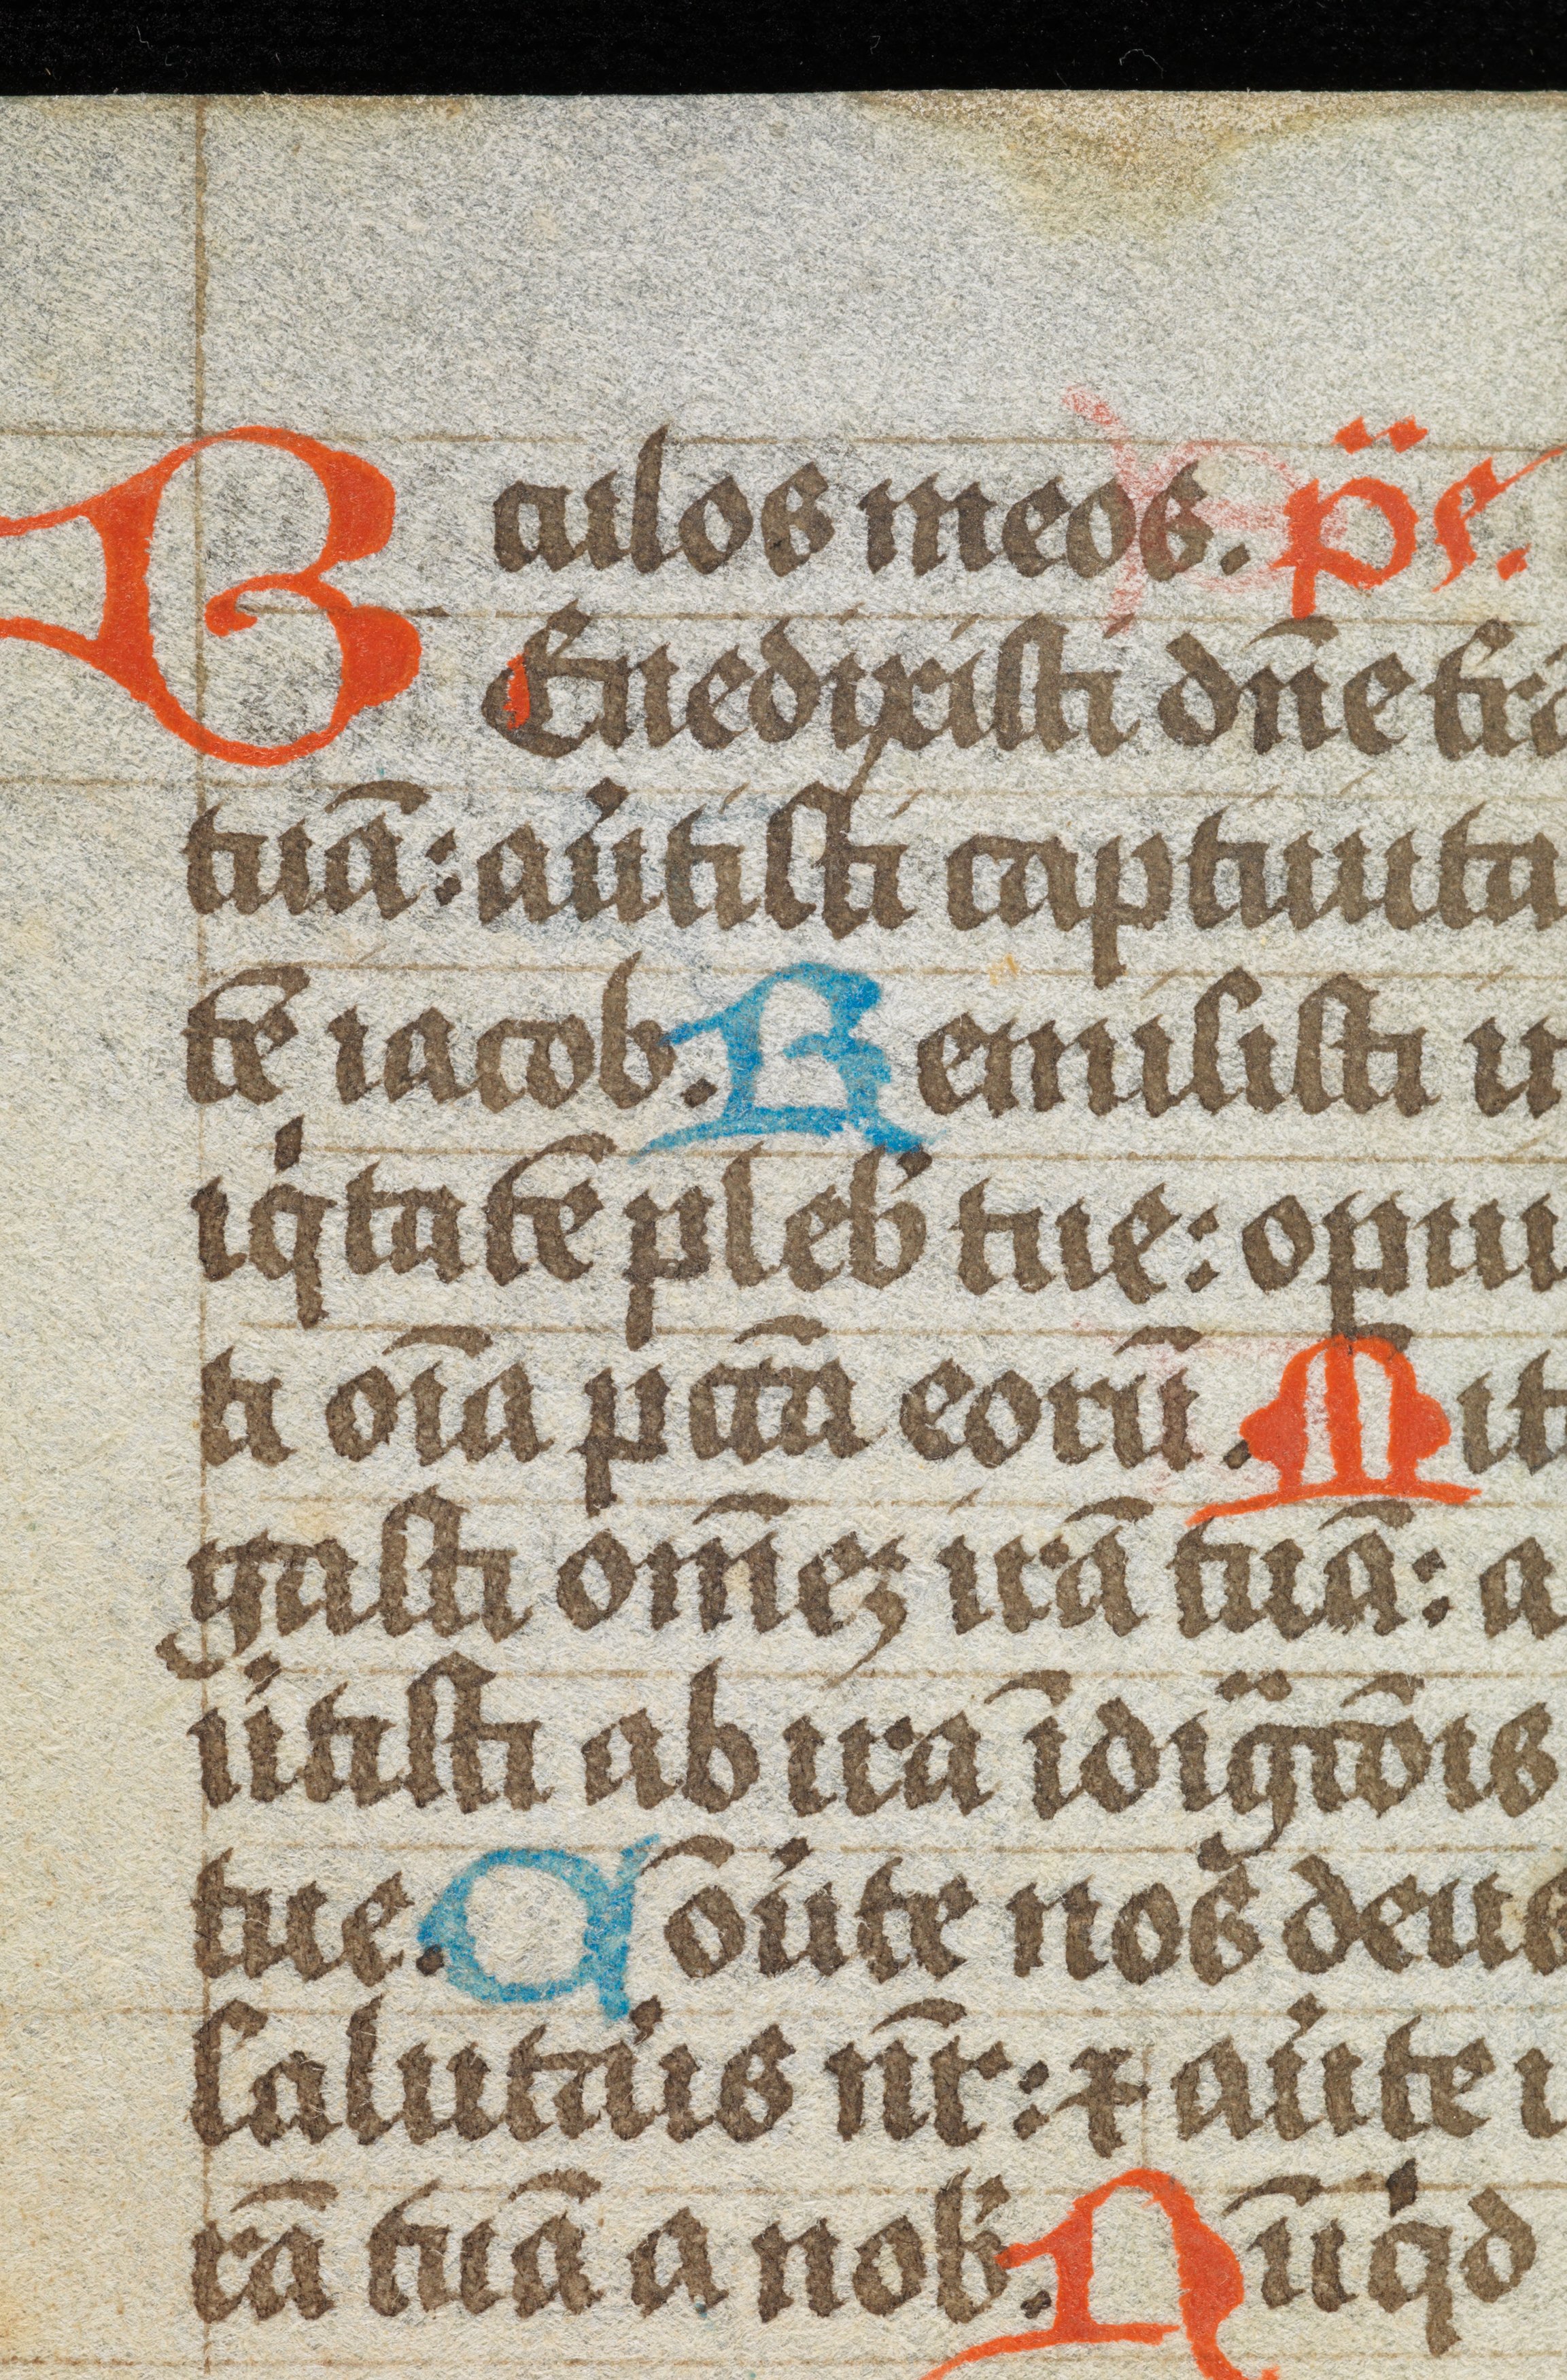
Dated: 1496–1496